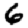
Digit: 6